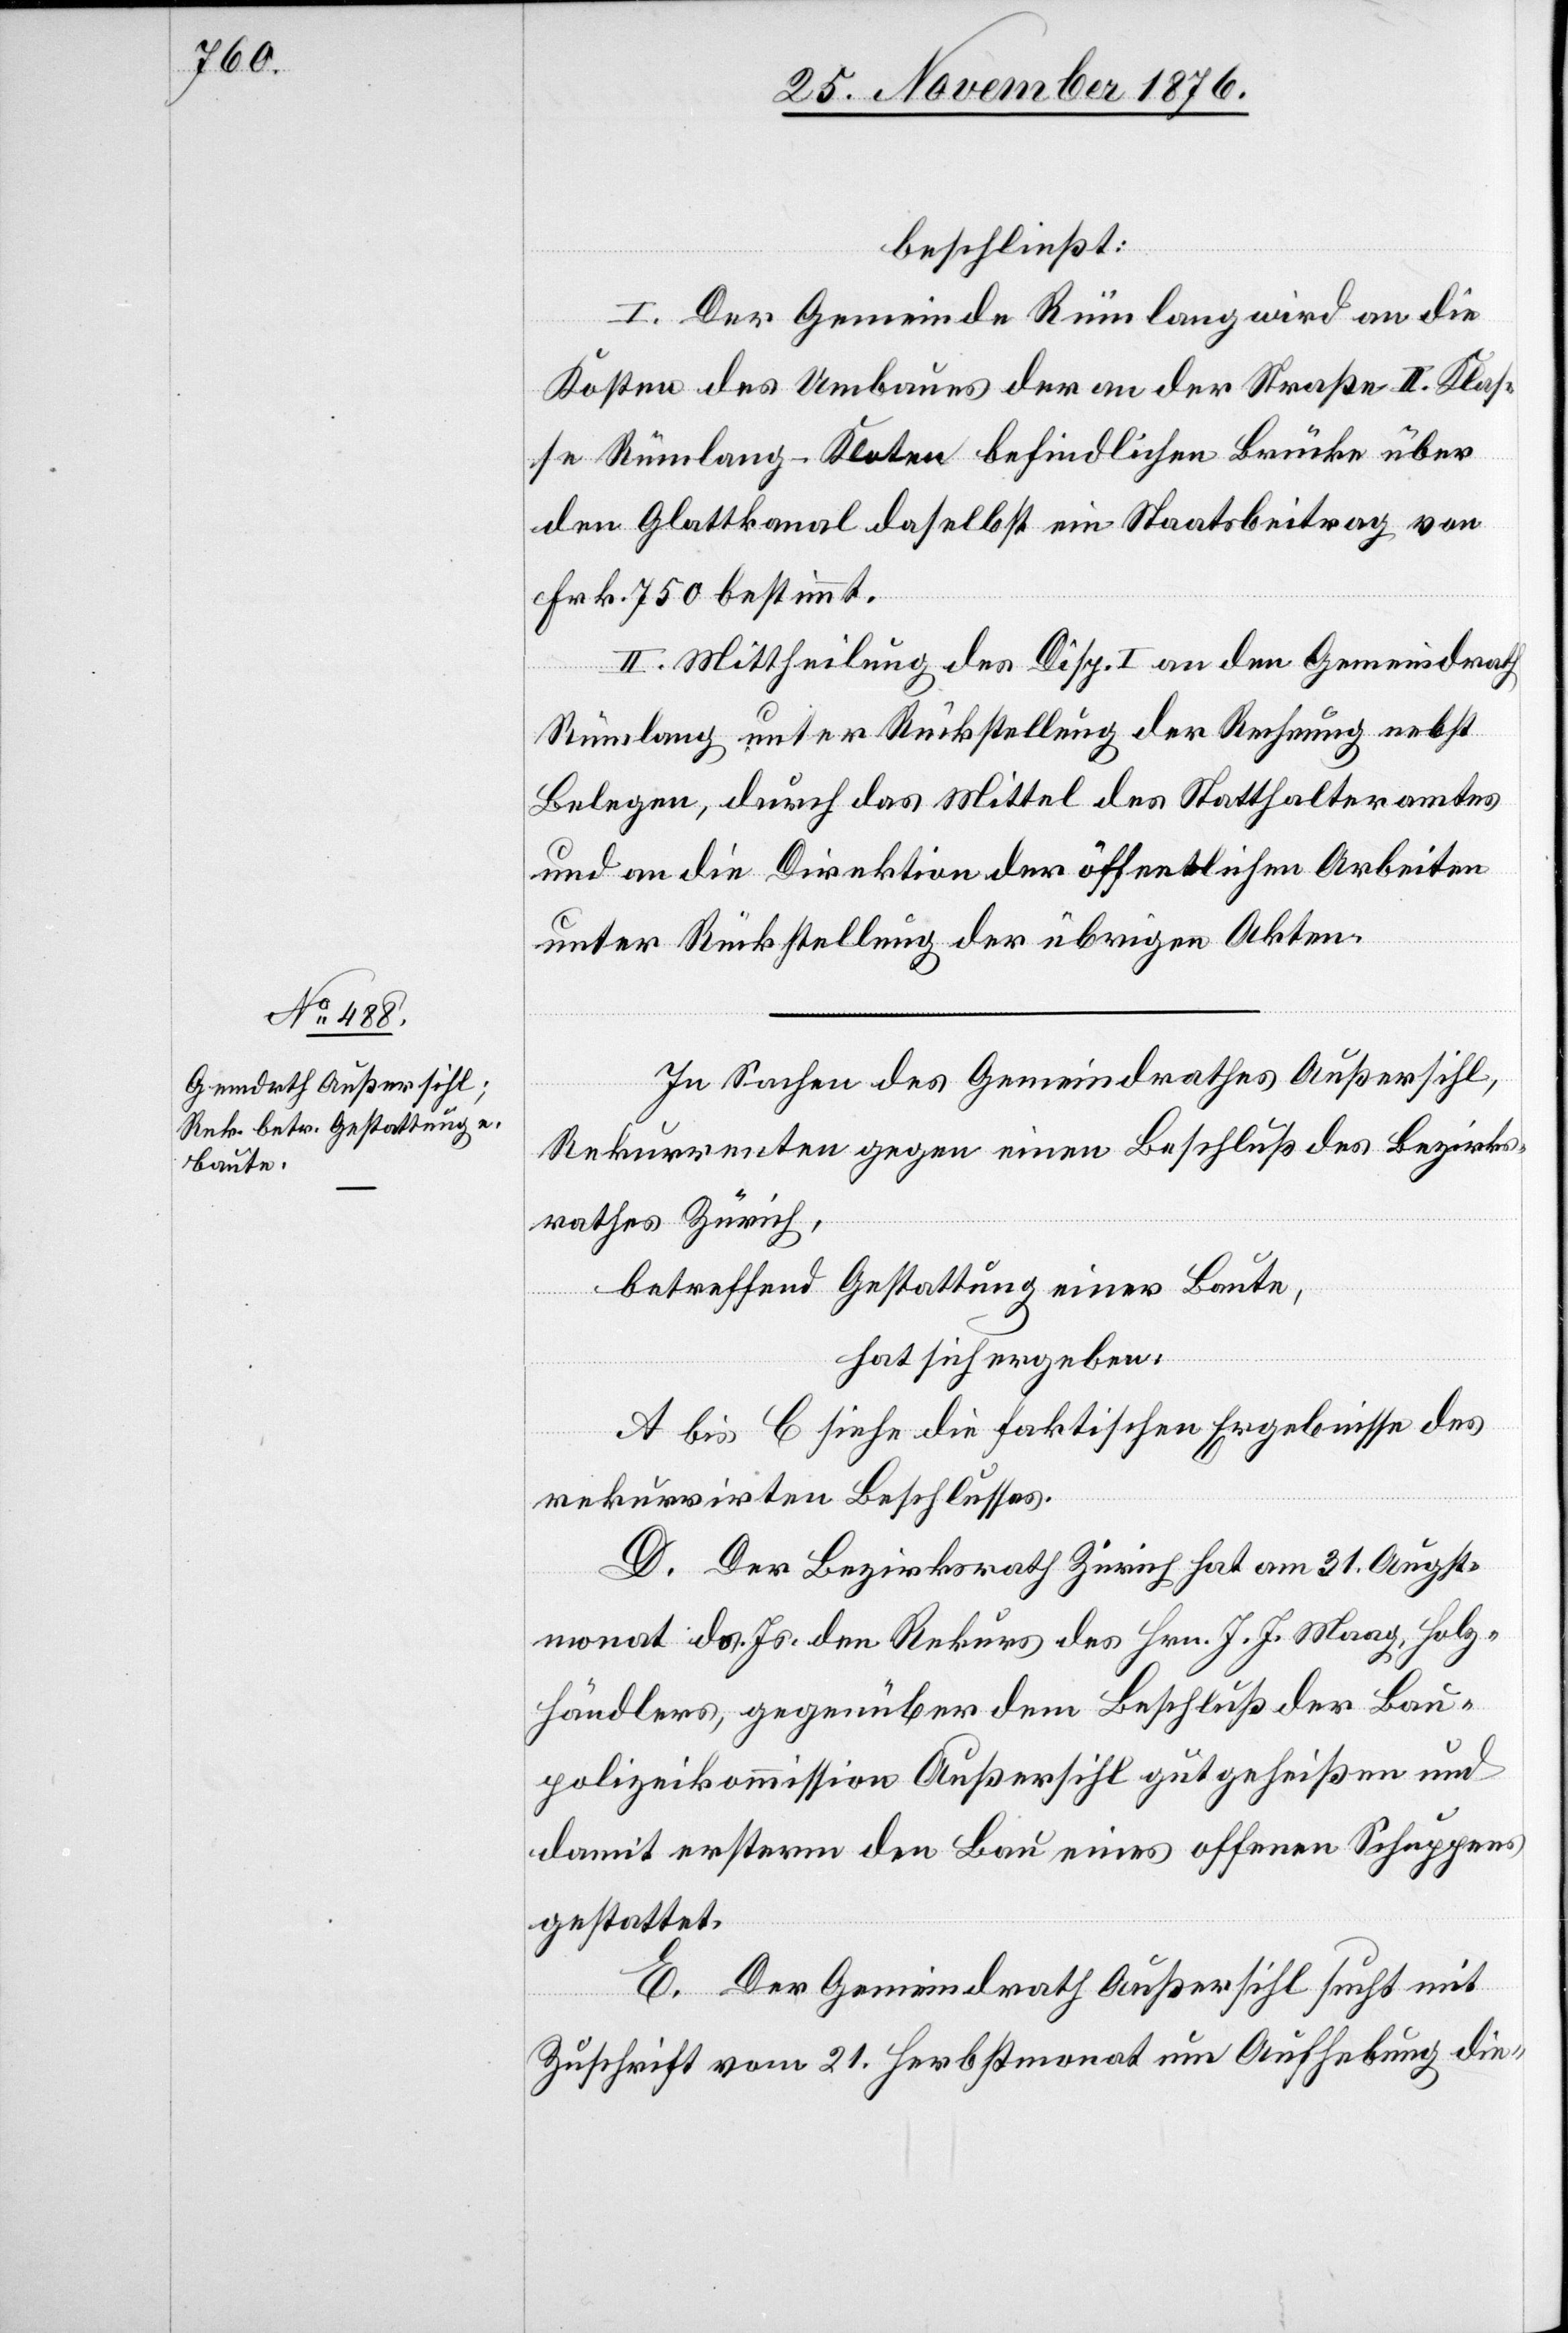
beschließt:
I. Der Gemeinde Rümlang wird an die
Kosten des Umbaues der an der Straße II. Klas¬
se Rümlang–Kloten befindliche Brücke über
den Glattkanal daselbst ein Staatsbeitrag von
Frk. 750 bestimmt.
II. Mittheilung des Disp. I an den Gemeindrath
Rümlang unter Rückstellung der Rechnung nebst
Belegen, durch das Mittel des Statthalteramtes
und an die Direktion der öffentlichen Arbeiten
unter Rückstellung der übrigen Akten.
In Sachen des Gemeindrathes Außersihl,
Rekurrenten gegen einen Beschluß des Bezirks¬
rathes Zürich,
betreffend Gestattung einer Baute,
hat sich ergeben:
A bis C siehe die faktischen Ergebnisse des
rekurrirten Beschlusses.
D. Der Bezirksrath Zürich hat am 31. Augst¬
monat ds. Js. den Rekurs des Hrn. J. J. Maag, Holz¬
händlers, gegenüber dem Beschluß der Bau¬
polizeikommission Außersihl gutgeheißen und
damit ersterm den Bau eines offenen Schuppens
gestattet.
E. Der Gemeindrath Außersihl sucht mit
Zuschrift vom 21. Herbstmonat um Aufhebung die-